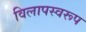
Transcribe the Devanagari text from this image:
विलापस्वरूप